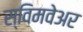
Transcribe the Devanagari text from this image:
स्विमवेअर